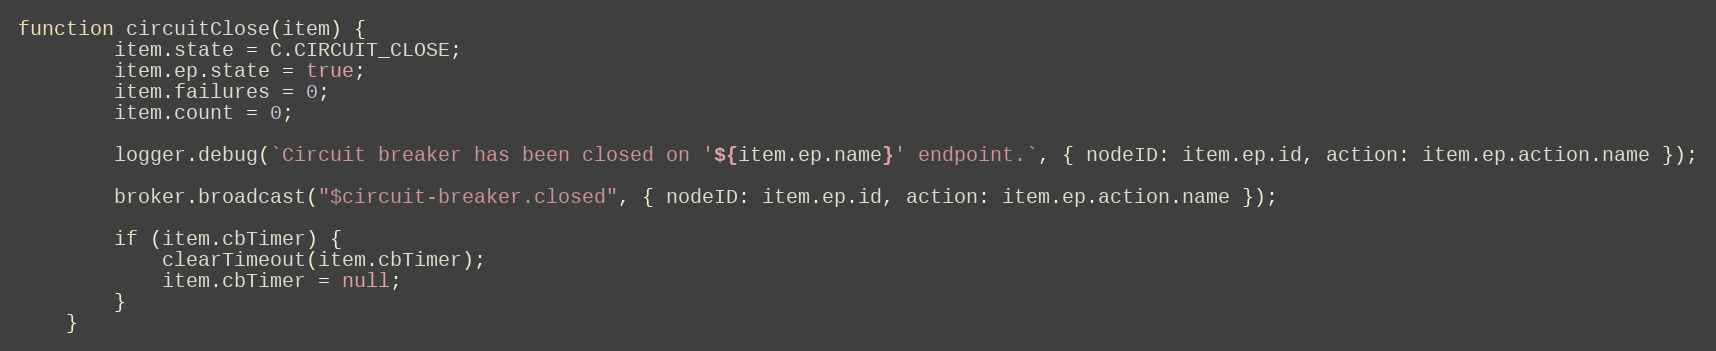
Language: JavaScript
function circuitClose(item) {
		item.state = C.CIRCUIT_CLOSE;
		item.ep.state = true;
		item.failures = 0;
		item.count = 0;

		logger.debug(`Circuit breaker has been closed on '${item.ep.name}' endpoint.`, { nodeID: item.ep.id, action: item.ep.action.name });

		broker.broadcast("$circuit-breaker.closed", { nodeID: item.ep.id, action: item.ep.action.name });

		if (item.cbTimer) {
			clearTimeout(item.cbTimer);
			item.cbTimer = null;
		}
	}